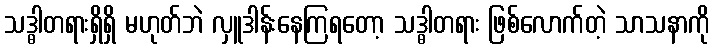
သဒ္ဓါတရားရှိရှိ မဟုတ်ဘဲ လှူဒါန်းနေကြရတော့ သဒ္ဓါတရား ဖြစ်လောက်တဲ့ သာသနာကို